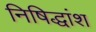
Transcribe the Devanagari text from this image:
निषिद्धांश